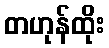
တဟုန်ထိုး